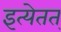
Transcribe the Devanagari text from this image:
इत्येतत्